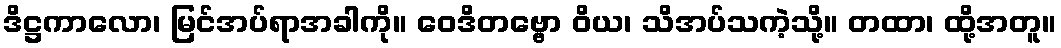
ဒိဋ္ဌကာလော၊ မြင်အပ်ရာအခါကို။ ဝေဒိတဗ္ဗော ဝိယ၊ သိအပ်သကဲ့သို့။ တထာ၊ ထို့အတူ။